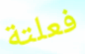
فعلتة